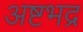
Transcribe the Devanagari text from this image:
अष्टभद्र